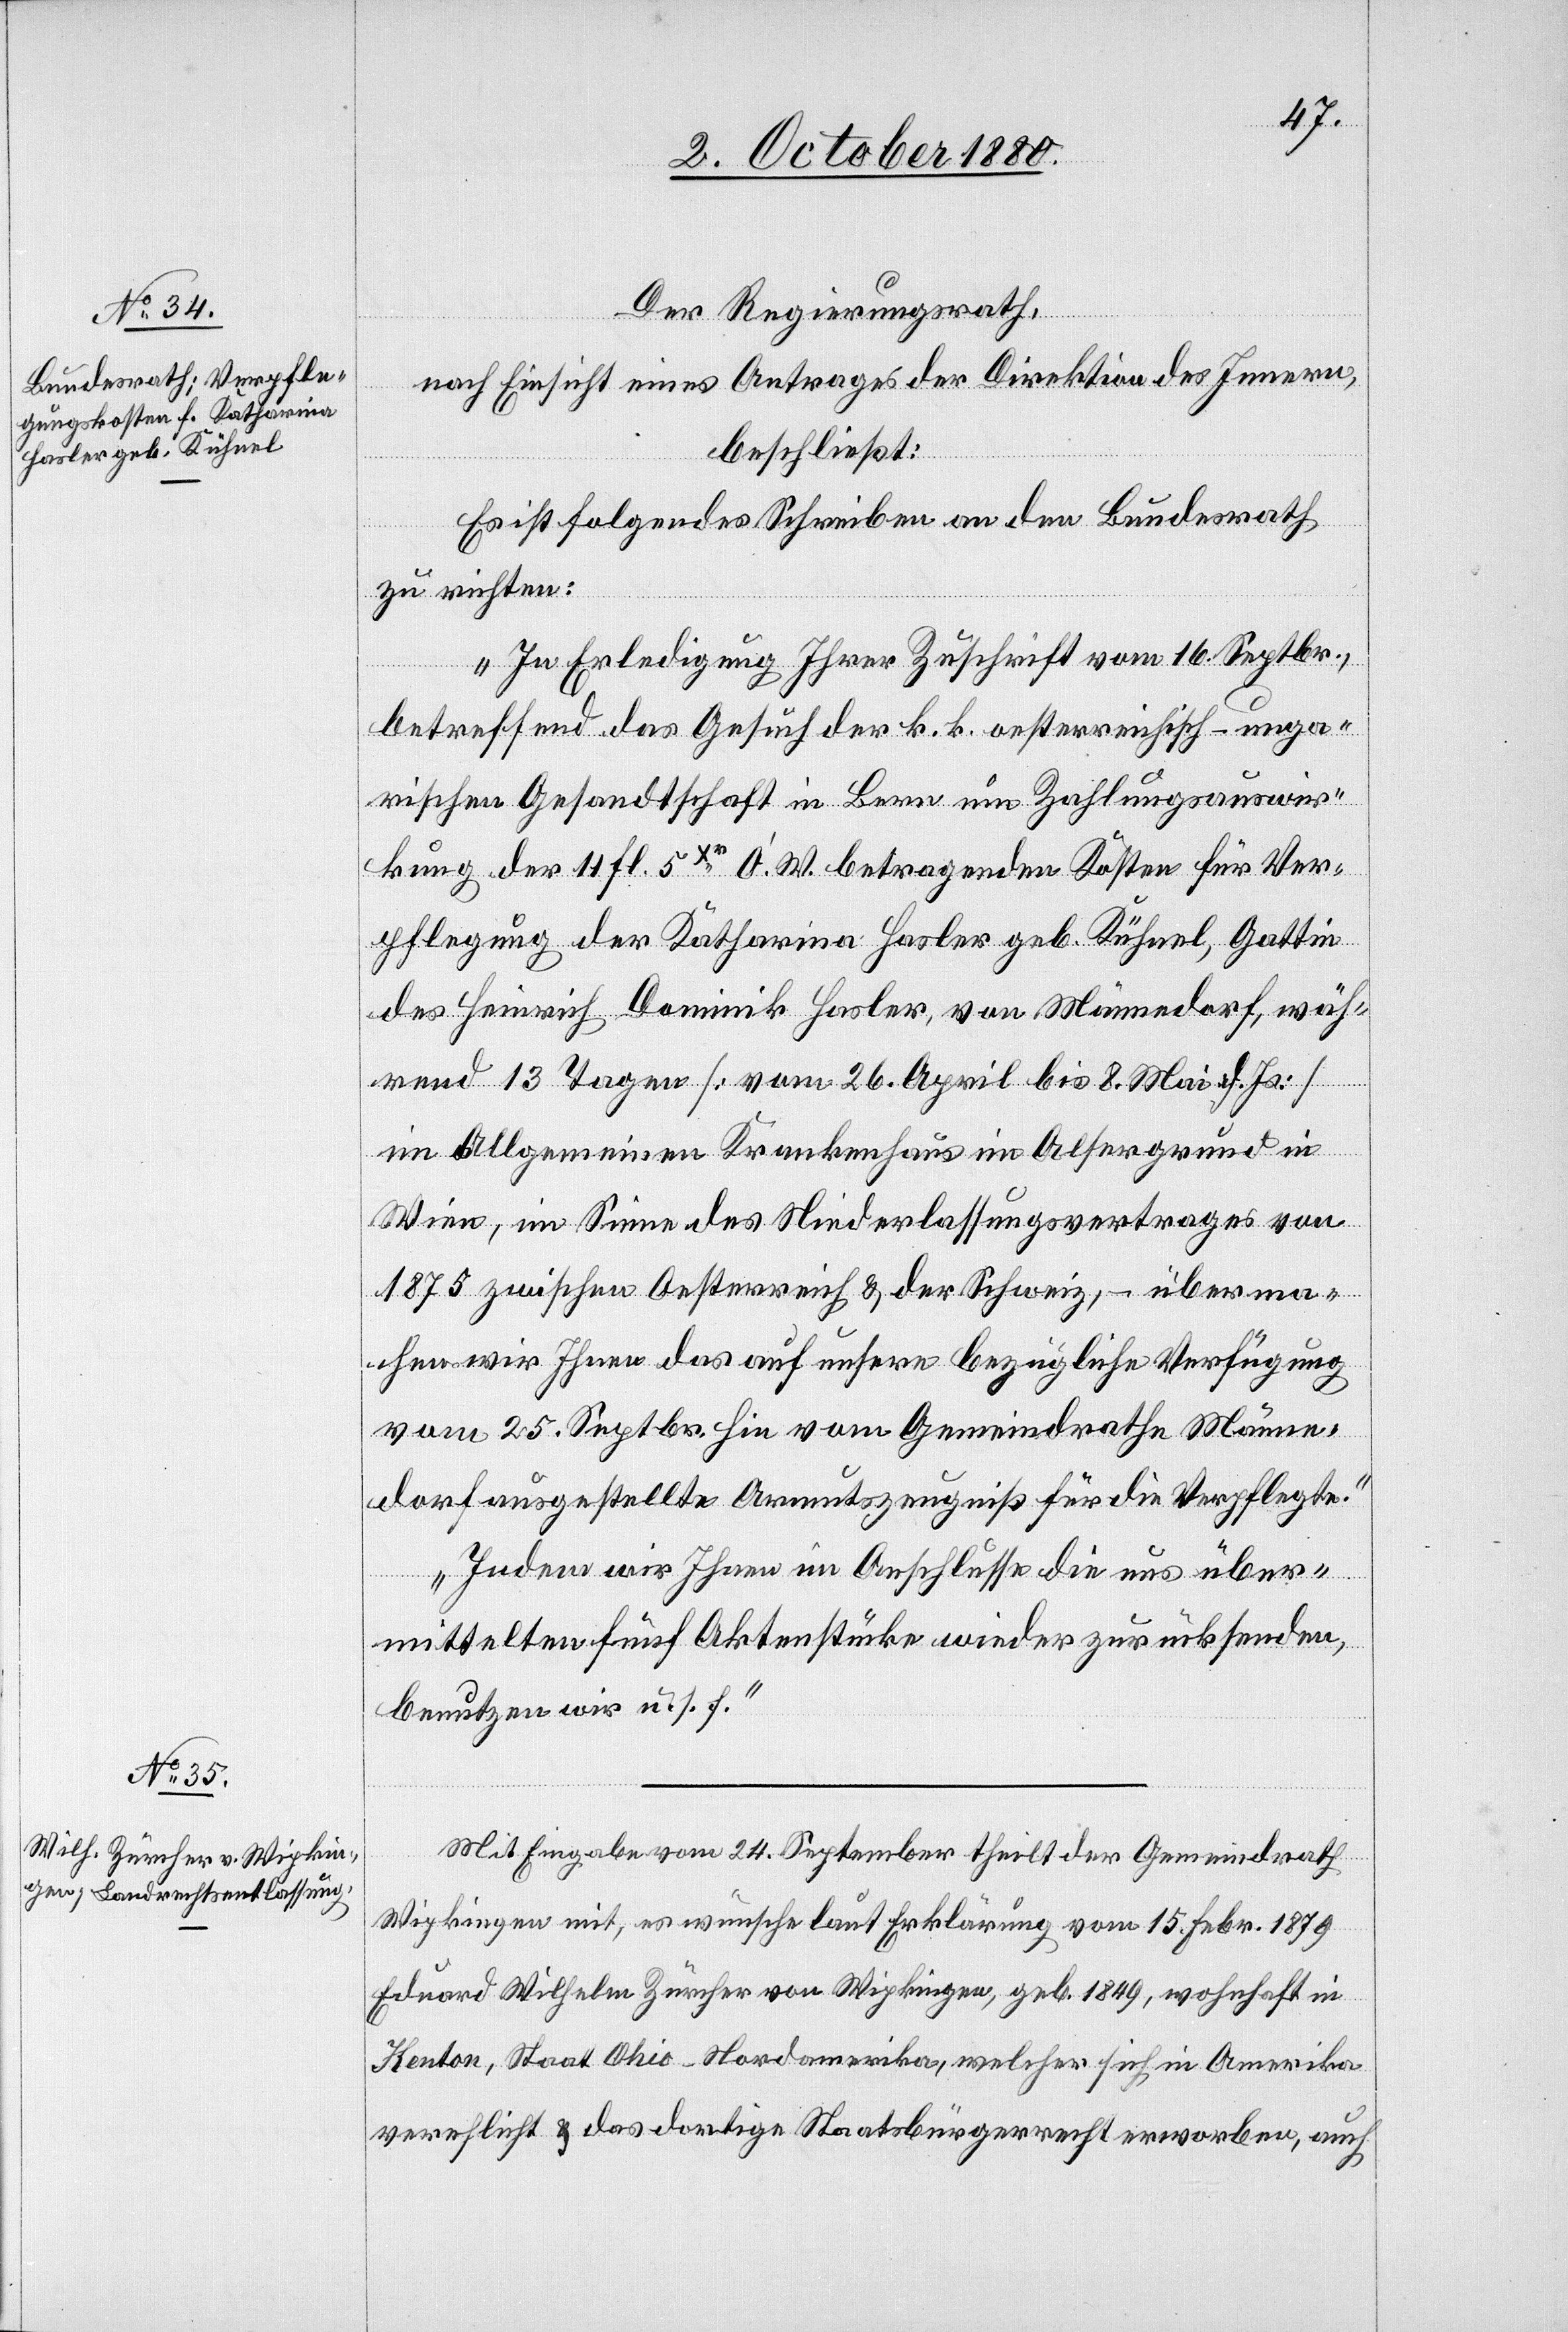
Der Regierungsrath,
nach Einsicht eines Antrages der Direktion des Innern,
beschließt:
Es ist folgendes Schreiben an den Bundesrath
zu richten:
„In Erledigung Ihrer Zuschrift vom 16. Septbr.,
betreffend das Gesuch der k. k. oesterreichisch-unga¬
rischen Gesandtschaft in Bern um Zahlungsauswir¬
kung der 11 fl. 5 Xr O.W. betragende Kosten für Ver¬
pflegung der Katharina Hasler geb. Kühnel, Gattin
des Heinrich Dominik Hasler, von Männedorf, wäh¬
rend 13 Tagen [vom 26. April bis 8. Mai d. Js.]
im Allgemeinen Krankenhaus im Alsergrund in
Wien, im Sinne des Niederlassungsvertrages von
1875 zwischen Oesterreich & der Schweiz, – überma¬
chen wir Ihnen das auf unsere bezügliche Verfügung
vom 25. Septbr. hin vom Gemeindrathe Männe¬
dorf ausgestellte Armutszeugniß für die Verpflegte.
Indem wir Ihnen im Anschlusse die uns über¬
mittelten fünf Aktenstücke wieder zurücksenden,
benutzen wir u. s. f.“
Mit Eingabe vom 24. September theilt der Gemeindrath
Wipkingen mit, es wünsche laut Erklärung vom 15. Febr. 1879
Eduard Wilhelm Zürcher von Wipkingen, geb. 1849, wohnhaft in
Kenton, Staat Ohio - Nordamerika, welcher sich in Amerika
verehlicht & das dortige Staatsbürgerrecht erworben, auch